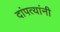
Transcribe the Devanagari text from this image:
दांपत्यांनी